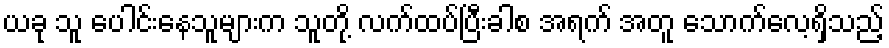
ယခု သူ ပေါင်းနေသူများက သူတို့ လက်ထပ်ပြီးခါစ အရက် အတူ သောက်လေ့ရှိသည့်